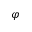
\varphi